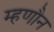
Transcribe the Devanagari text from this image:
म्हणौन